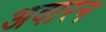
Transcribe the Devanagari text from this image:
अवारन